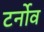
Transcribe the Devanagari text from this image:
टर्नोव